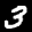
Label: 3